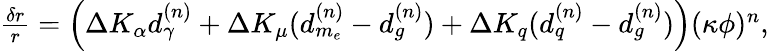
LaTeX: \begin{array}{r}{\frac{\delta r}{r}=\left(\Delta K_{\alpha}d_{\gamma}^{(n)}+\Delta K_{\mu}(d_{m_{e}}^{(n)}-d_{g}^{(n)})+\Delta K_{q}(d_{q}^{(n)}-d_{g}^{(n)})\right)(\kappa\phi)^{n},}\end{array}